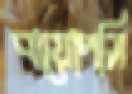
বায়োপসি